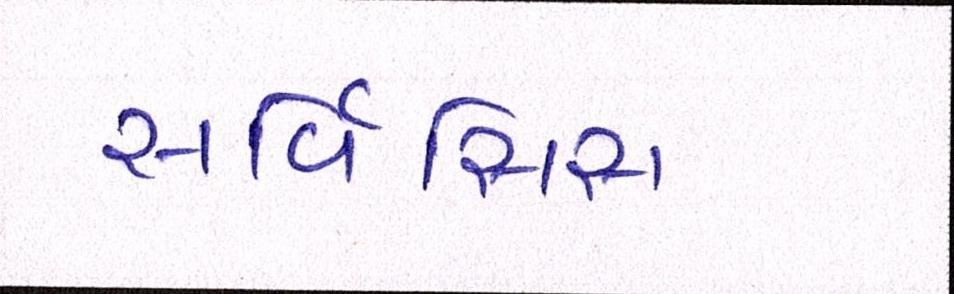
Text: સર્વિસિસ